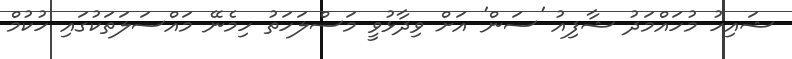
ޝައިހު މުހައްމަދު ޝާފިއު 'ސަން' އަށް ވިދާޅުވީ މަސްލަަހަތު ހިމެނޭ މައްސަލަތަކުގައި ހުކުމް